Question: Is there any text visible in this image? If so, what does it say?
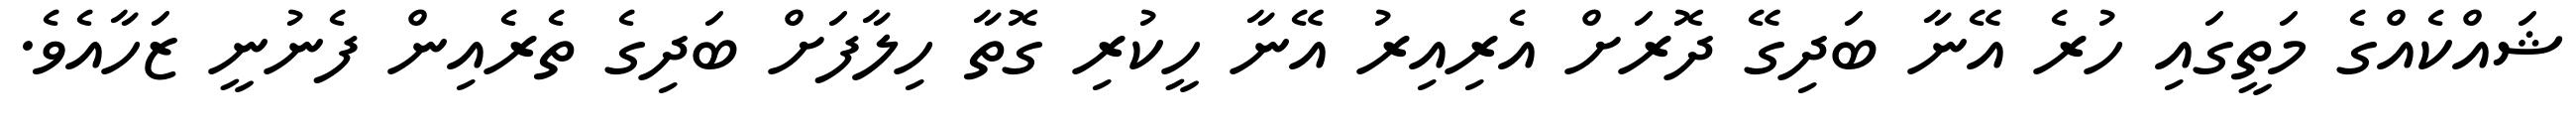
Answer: ޝައްކެއްގެ މަތީގައި ހުރެ އޭނާ ބަދިގޭ ދޮރަށް އެރިއިރު އޭނާ ހީކުރި ގޮތާ ހިލާފަށް ބަދިގެ ތެރެއިން ފެނުނީ ޒަހާއެވެ.